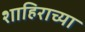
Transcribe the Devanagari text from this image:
शाहिराच्या